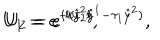
LaTeX: U _ { 1 } = e ^ { - i \hat { y } ^ { 2 } l } , \hspace { 1 0 m m } U _ { 2 } = e ^ { i l ( \tau _ { 2 } \hat { y } ^ { 1 } - \tau _ { 1 } \hat { y } ^ { 2 } ) } ,